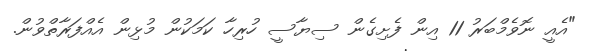
"އެއީ ނޮވެމްބަރު 11 އިން ފެށިގެން ސިޔާސީ ހުރިހާ ކަމަކުން މުޅިން އެއްފަރާތްވުން.